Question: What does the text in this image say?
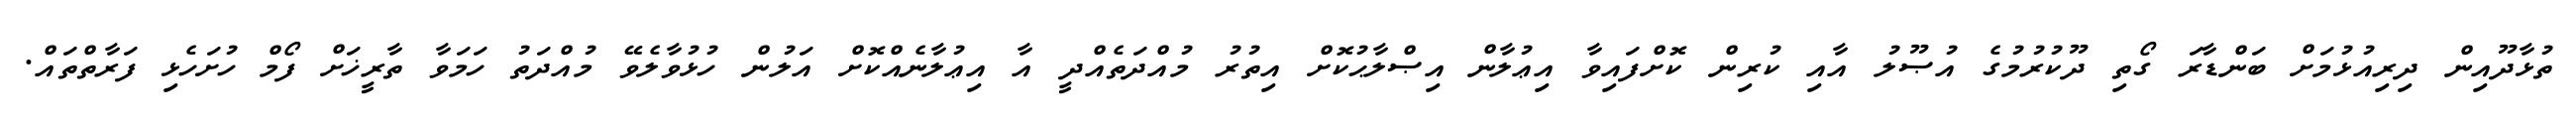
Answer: ތުޅާދޫއިން ދިރިއުޅުމަށް ބަންޑާރަ ގޯތި ދޫކުރުމުގެ އުޞޫލު އާއި ކުރިން ކޮށްފައިވާ އިޢުލާން އިޞްލާޙުކޮށް އިތުރު މުއްދަތެއްދީ އާ އިޢުލާނެއްކޮށް އަލުން ހުޅުވާލެވޭ މުއްދަތު ހަމަވާ ތާރީޚަށް ފޯމް ހުށަހެޅި ފަރާތްތައް.